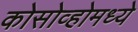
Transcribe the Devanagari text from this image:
कोसोव्होमध्ये